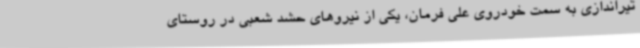
تیراندازی به سمت خودروی علی فرمان، یکی از نیروهای حشد شعبی در روستای